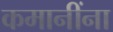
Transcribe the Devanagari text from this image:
कमानींना